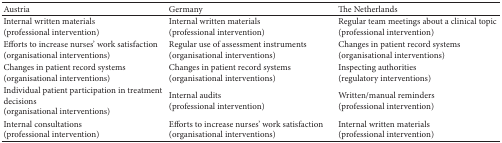
<table><thead><tr><td><b>Austria</b></td><td><b>Germany</b></td><td><b>The Netherlands</b></td></tr></thead><tbody><tr><td>Internal written materials (professional intervention)</td><td>Internal written materials (professional intervention)</td><td>Regular team meetings about a clinical topic (professional intervention)</td></tr><tr><td>Efforts to increase nurses&#x27; work satisfaction (organisational interventions)</td><td>Regular use of assessment instruments (organisational interventions)</td><td>Changes in patient record systems (organisational interventions) </td></tr><tr><td>Changes in patient record systems (organisational interventions)</td><td>Changes in patient record systems (organisational interventions)</td><td>Inspecting authorities (regulatory interventions)</td></tr><tr><td>Individual patient participation in treatment decisions (organisational interventions)</td><td>Internal audits (professional intervention)</td><td>Written/manual reminders (professional intervention)</td></tr><tr><td>Internal consultations (professional intervention)</td><td>Efforts to increase nurses&#x27; work satisfaction (organisational interventions)</td><td>Internal written materials (professional intervention)</td></tr></tbody></table>